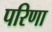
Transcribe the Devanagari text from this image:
परिणा